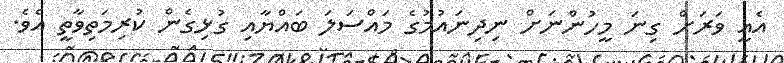
އެއީ ވަރަށް ގިނަ މީހުންނަށް ނިދިނައުމުގެ މައްސަލަ ބައްޔާއި ގުޅިގެން ކުރިމަތިވާތީ އެވެ.